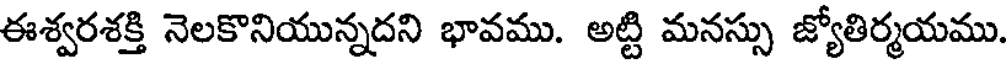
ఈశ్వరశక్తి నెలకొనియున్నదని భావము. అట్టి మనస్సు జ్యోతిర్మయము.